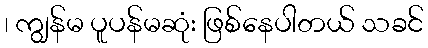
၊ ကျွန်မ ပူပန်မဆုံး ဖြစ်နေပါတယ် သခင်